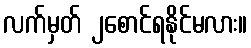
လက်မှတ် ၂စောင်ရနိုင်မလား။